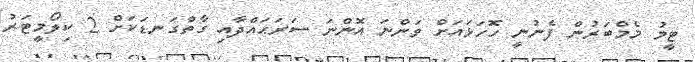
ޓީމު މެމްބަރުން ފެނުނީ ހޮހަޅައަށް ވަންނަ އޮންނަ ސަރަޙައްދާއި ގާތްގަނޑަކަށް 2 ކިލޯމީޓަރު